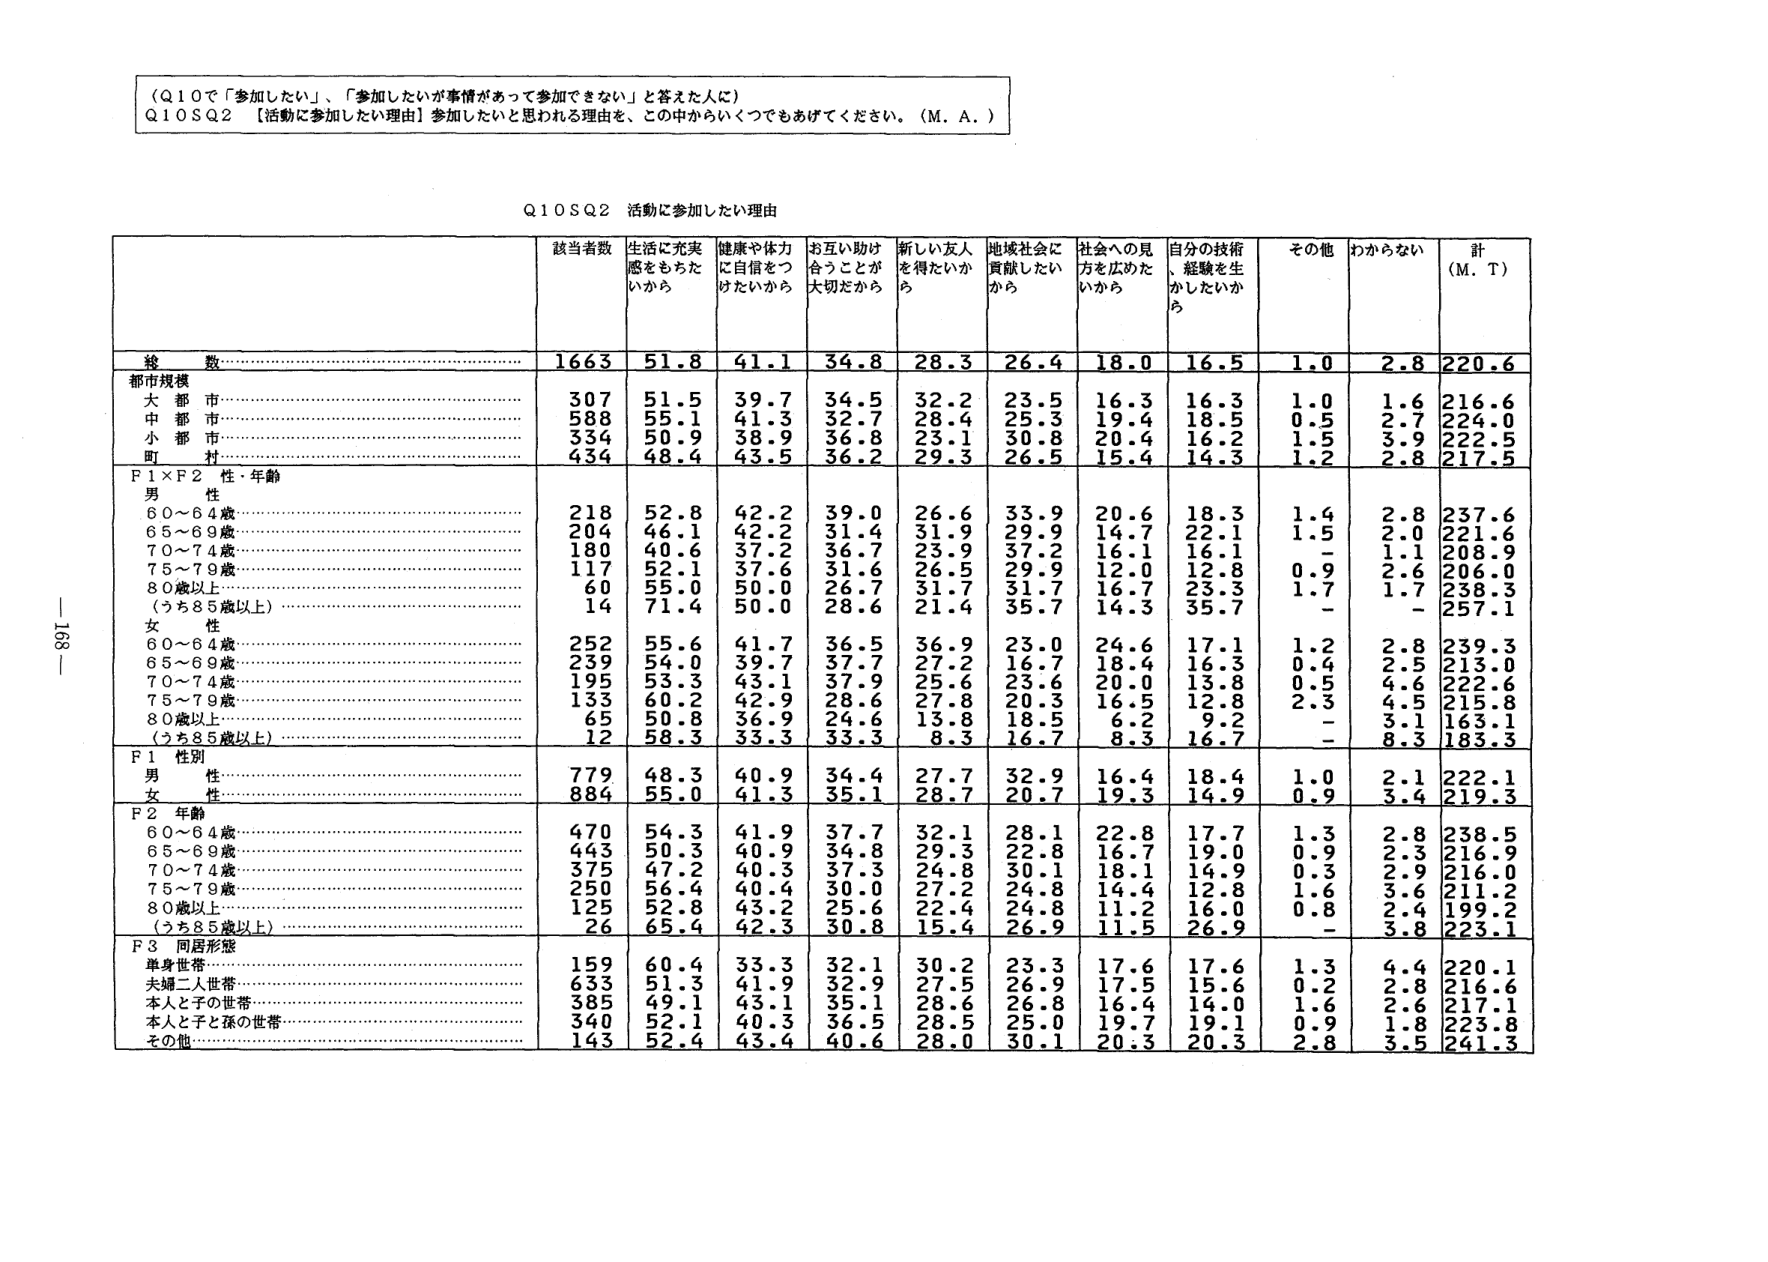
（Q10で「参加したい」、「参加したいが事情があって参加できない」と答えた人に）
Q10SQ2 【活動に参加したい理由】参加したいと思われる理由を、この中からいくつでもあげてください。（M．A．）

Q10SQ2 活動に参加したい理由

| | 該当者数 | 生活に充実感をもちたいから | 健康や体力に自信をつけたいから | お互い助け合うことが大切だから | 新しい友人を得たいから | 地域社会に貢献したいから | 社会への見方を広めたいから | 自分の技術、経験を生かしたいから | その他 | わからない | 計（M．T） |
|---|---|---|---|---|---|---|---|---|---|---|---|
| 総数 | 1663 | 51.8 | 41.1 | 34.8 | 28.3 | 26.4 | 18.0 | 16.5 | 1.0 | 2.8 | 220.6 |
| 都市規模 | | | | | | | | | | | |
| 大都市 | 307 | 51.5 | 39.7 | 34.5 | 32.2 | 23.5 | 16.3 | 16.3 | 1.0 | 1.6 | 216.6 |
| 中都市 | 588 | 55.1 | 41.3 | 32.7 | 28.4 | 25.3 | 19.4 | 18.5 | 0.5 | 2.7 | 224.0 |
| 小都市 | 334 | 50.9 | 38.9 | 36.8 | 23.1 | 30.8 | 20.4 | 16.2 | 1.5 | 3.9 | 222.5 |
| 町村 | 434 | 48.4 | 43.5 | 36.2 | 29.3 | 26.5 | 15.4 | 14.3 | 1.2 | 2.8 | 217.5 |
| F1×F2 性・年齢 | | | | | | | | | | | |
| 男性 | | | | | | | | | | | |
| 60～64歳 | 218 | 52.8 | 42.2 | 39.0 | 26.6 | 33.9 | 20.6 | 18.3 | 1.4 | 2.8 | 237.6 |
| 65～69歳 | 204 | 46.1 | 42.2 | 31.4 | 31.9 | 29.9 | 14.7 | 22.1 | 1.5 | 2.0 | 221.6 |
| 70～74歳 | 180 | 40.6 | 37.2 | 36.7 | 23.9 | 37.2 | 16.1 | 16.1 | - | 1.1 | 208.9 |
| 75～79歳 | 117 | 52.1 | 37.6 | 31.6 | 26.5 | 29.9 | 12.0 | 12.8 | 0.9 | 2.6 | 206.0 |
| 80歳以上 | 60 | 55.0 | 50.0 | 26.7 | 31.7 | 31.7 | 16.7 | 23.3 | 1.7 | 1.7 | 238.3 |
| （うち85歳以上） | 14 | 71.4 | 50.0 | 28.6 | 21.4 | 35.7 | 14.3 | 35.7 | - | - | 257.1 |
| 女性 | | | | | | | | | | | |
| 60～64歳 | 252 | 55.6 | 41.7 | 36.5 | 36.9 | 23.0 | 24.6 | 17.1 | 1.2 | 2.8 | 239.3 |
| 65～69歳 | 239 | 54.0 | 39.7 | 37.7 | 27.2 | 16.7 | 18.4 | 16.3 | 0.4 | 2.5 | 213.0 |
| 70～74歳 | 195 | 53.3 | 43.1 | 37.9 | 25.6 | 23.6 | 20.0 | 13.8 | 0.5 | 4.6 | 222.6 |
| 75～79歳 | 133 | 60.2 | 42.9 | 28.6 | 27.8 | 20.3 | 16.5 | 12.8 | 2.3 | 4.5 | 215.8 |
| 80歳以上 | 65 | 50.8 | 36.9 | 24.6 | 13.8 | 18.5 | 6.2 | 9.2 | - | 3.1 | 163.1 |
| （うち85歳以上） | 12 | 58.3 | 33.3 | 33.3 | 8.3 | 16.7 | 8.3 | 16.7 | - | 8.3 | 183.3 |
| F1 性別 | | | | | | | | | | | |
| 男性 | 779 | 48.3 | 40.9 | 34.4 | 27.7 | 32.9 | 16.4 | 18.4 | 1.0 | 2.1 | 222.1 |
| 女性 | 884 | 55.0 | 41.3 | 35.1 | 28.7 | 20.7 | 19.3 | 14.9 | 0.9 | 3.4 | 219.3 |
| F2 年齢 | | | | | | | | | | | |
| 60～64歳 | 470 | 54.3 | 41.9 | 37.7 | 32.1 | 28.1 | 22.8 | 17.7 | 1.3 | 2.8 | 238.5 |
| 65～69歳 | 443 | 50.3 | 40.9 | 34.8 | 29.3 | 22.8 | 16.7 | 19.0 | 0.9 | 2.3 | 216.9 |
| 70～74歳 | 375 | 47.2 | 40.3 | 37.3 | 24.8 | 30.1 | 18.1 | 16.9 | 0.3 | 2.9 | 216.0 |
| 75～79歳 | 250 | 56.4 | 40.4 | 30.0 | 27.2 | 24.8 | 14.4 | 12.8 | 1.6 | 3.6 | 211.2 |
| 80歳以上 | 125 | 52.8 | 43.2 | 25.6 | 22.4 | 24.8 | 11.2 | 16.0 | 0.8 | 2.4 | 199.2 |
| （うち85歳以上） | 26 | 65.4 | 42.3 | 30.8 | 15.4 | 26.9 | 11.5 | 26.9 | - | 3.8 | 223.1 |
| F3 同居形態 | | | | | | | | | | | |
| 単身世帯 | 159 | 60.4 | 33.3 | 32.1 | 30.2 | 23.3 | 17.6 | 17.6 | 1.3 | 4.4 | 220.1 |
| 夫婦二人世帯 | 633 | 51.3 | 41.9 | 32.9 | 27.5 | 26.9 | 17.5 | 15.6 | 0.2 | 2.8 | 216.6 |
| 本人と子の世帯 | 385 | 49.1 | 43.1 | 35.1 | 28.6 | 26.8 | 16.4 | 14.0 | 1.6 | 2.6 | 217.1 |
| 本人と子と孫の世帯 | 340 | 52.1 | 40.3 | 36.5 | 28.5 | 25.0 | 19.7 | 19.1 | 0.9 | 1.8 | 223.8 |
| その他 | 143 | 52.4 | 43.4 | 40.6 | 28.0 | 30.1 | 20.3 | 20.3 | 2.8 | 3.5 | 241.3 |

—168—